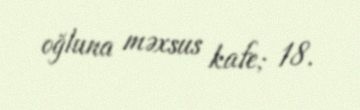
oğluna məxsus kafe; 18.